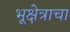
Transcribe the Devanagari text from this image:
भूक्षेत्राचा